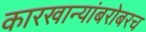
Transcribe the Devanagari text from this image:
कारखान्यांबरोबरच